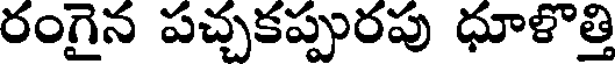
రంగైన పచ్చకప్పురపు ధూళొత్తి